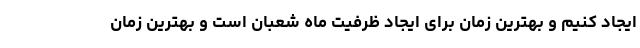
ایجاد کنیم و بهترین زمان برای ایجاد ظرفیت ماه شعبان است و بهترین زمان